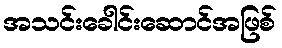
အသင်းခေါင်းဆောင်အဖြစ်